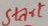
Text: Start